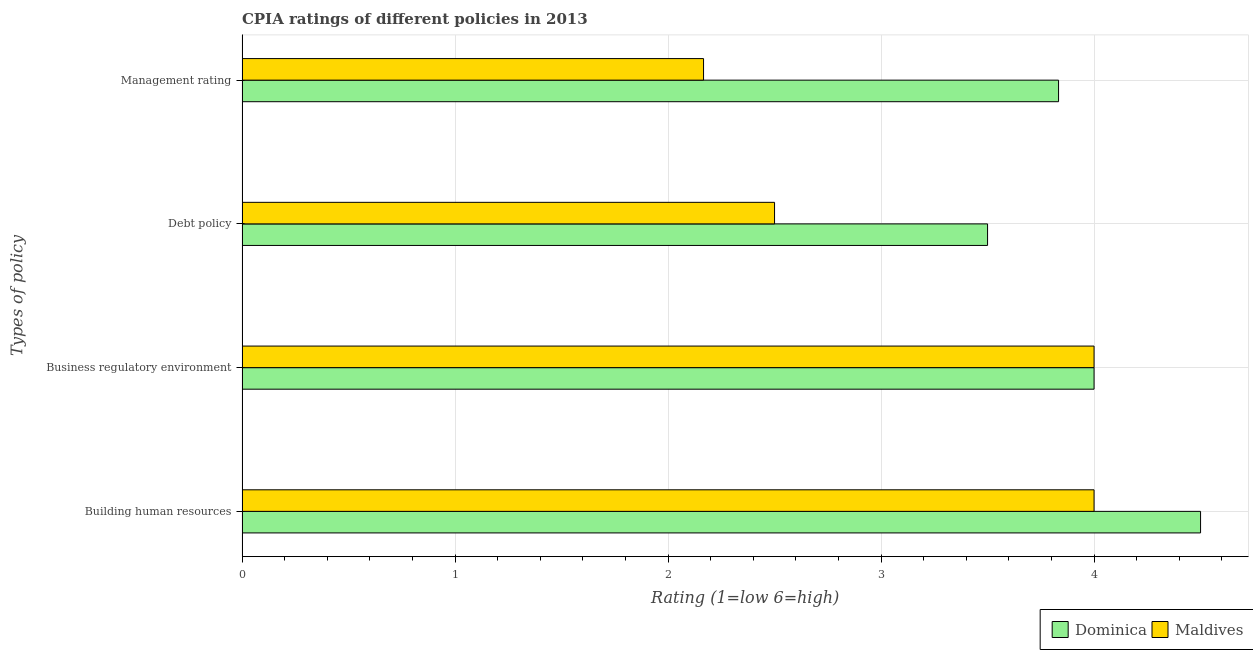
| Types of policy | Dominica | Maldives |
 | --- | --- | --- |
 | Building human resources | 4.5 | 4 |
 | Business regulatory environment | 4 | 4 |
 | Debt policy | 3.5 | 2.5 |
 | Management rating | 3.83 | 2.17 |